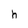
Character: h